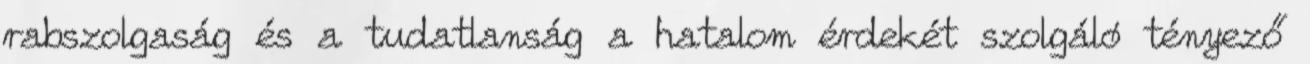
rabszolgaság és a tudatlanság a hatalom érdekét szolgáló tényező